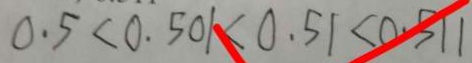
0 . 5 < 0 . 5 0 1 < 0 . 5 1 < 0 . 5 1 1